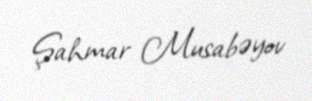
Şahmar Musabəyov